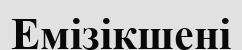
Емізікшені